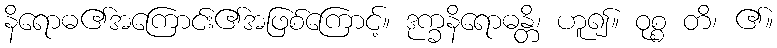
နိရောဓ၏အကြောင်း၏အဖြစ်ကြောင့်။ ဒုက္ခနိရောဓန္တိ၊ ဟူ၍။ ဝုစ္စ တိ၊ ၏။